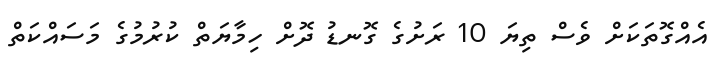
އެއްގޮތަކަށް ވެސް ތިޔަ 10 ރަށުގެ ގޮނޑު ދޮށް ހިމާޔަތް ކުރުމުގެ މަސައްކަތް